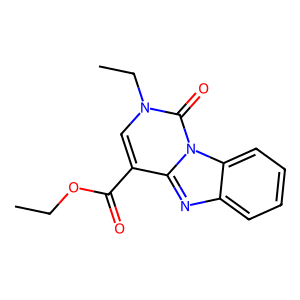
SMILES: CCOC(=O)c1cn(CC)c(=O)n2c1nc1ccccc12
Inhibits HIV replication: No